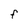
Character: F